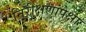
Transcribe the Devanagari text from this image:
निरीक्षणांपेक्षा